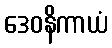
ဒေဝနိကာယံ